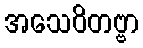
အသေဝိတဗ္ဗာ